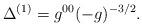
LaTeX: \begin{align*}\Delta^{(1)} = g^{00}(-g)^{-3/2}.\end{align*}